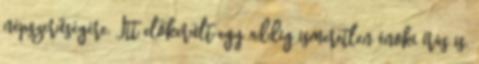
népszerűségére. Itt előkerült egy addig ismeretlen énoki írás is,